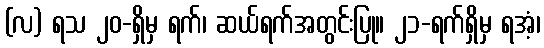
(လ) ရသ ၂၀-ရှိမှ ရက်၊ ဆယ်ရက်အတွင်းပြု။ ၂၁-ရက်ရှိမှ ရအံ့၊